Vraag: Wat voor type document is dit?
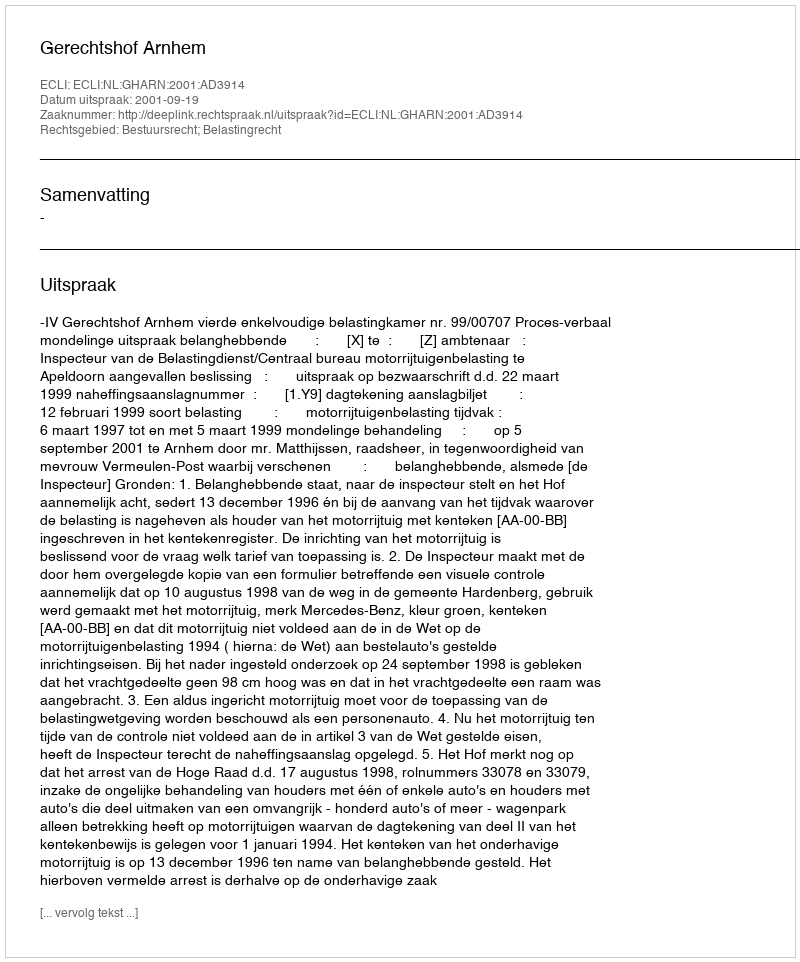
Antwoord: Uitspraak